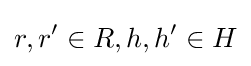
r,r'\in R,h,h'\in H